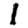
Digit: 1